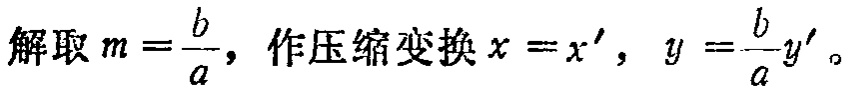
解取 \(m = \frac{b}{a}\)，作压缩变换 \(x = x'\)，\(y = \frac{b}{a}y'\)。